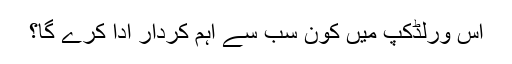
اس ورلڈکپ میں کون سب سے اہم کردار ادا کرے گا؟